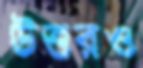
উত্তরও